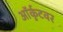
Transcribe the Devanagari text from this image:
ऑर्कुटवर